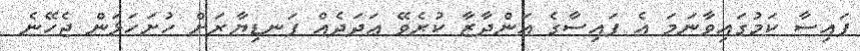
ފައިސާ ކަމުގައިވާނަމަ އެ ފައިސާގެ އަންދާޒާ ކުރެވޭ ޢަދަދެއް ފަނޑިޔާރަށް ހުށަހަޅަން ޖެހޭނެ